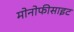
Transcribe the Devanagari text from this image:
मोनोफीसाइट